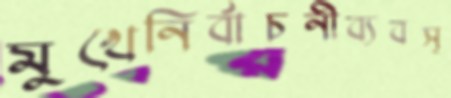
মুখেনির্বাচনীব্যবস্